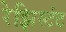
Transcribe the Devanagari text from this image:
रेझिस्टंट